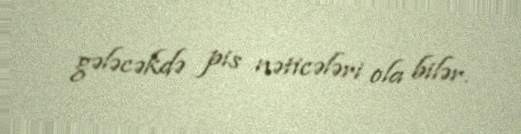
gələcəkdə pis nəticələri ola bilər.